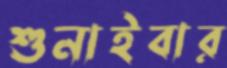
শুনাইবার